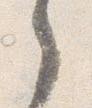
之